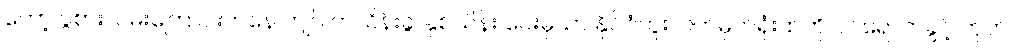
တော့ ပွဲစားလမ်းကြောင်းကနေ ကျပ် တသိန်းခွဲ၊ နှစ်သိန်း ပေးမှသာ နိုင်ငံကူးလက်မှတ်ရုံးထဲကို ဝင်ရောက်ခွင့် ကုတ်